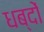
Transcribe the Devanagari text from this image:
धब्दों